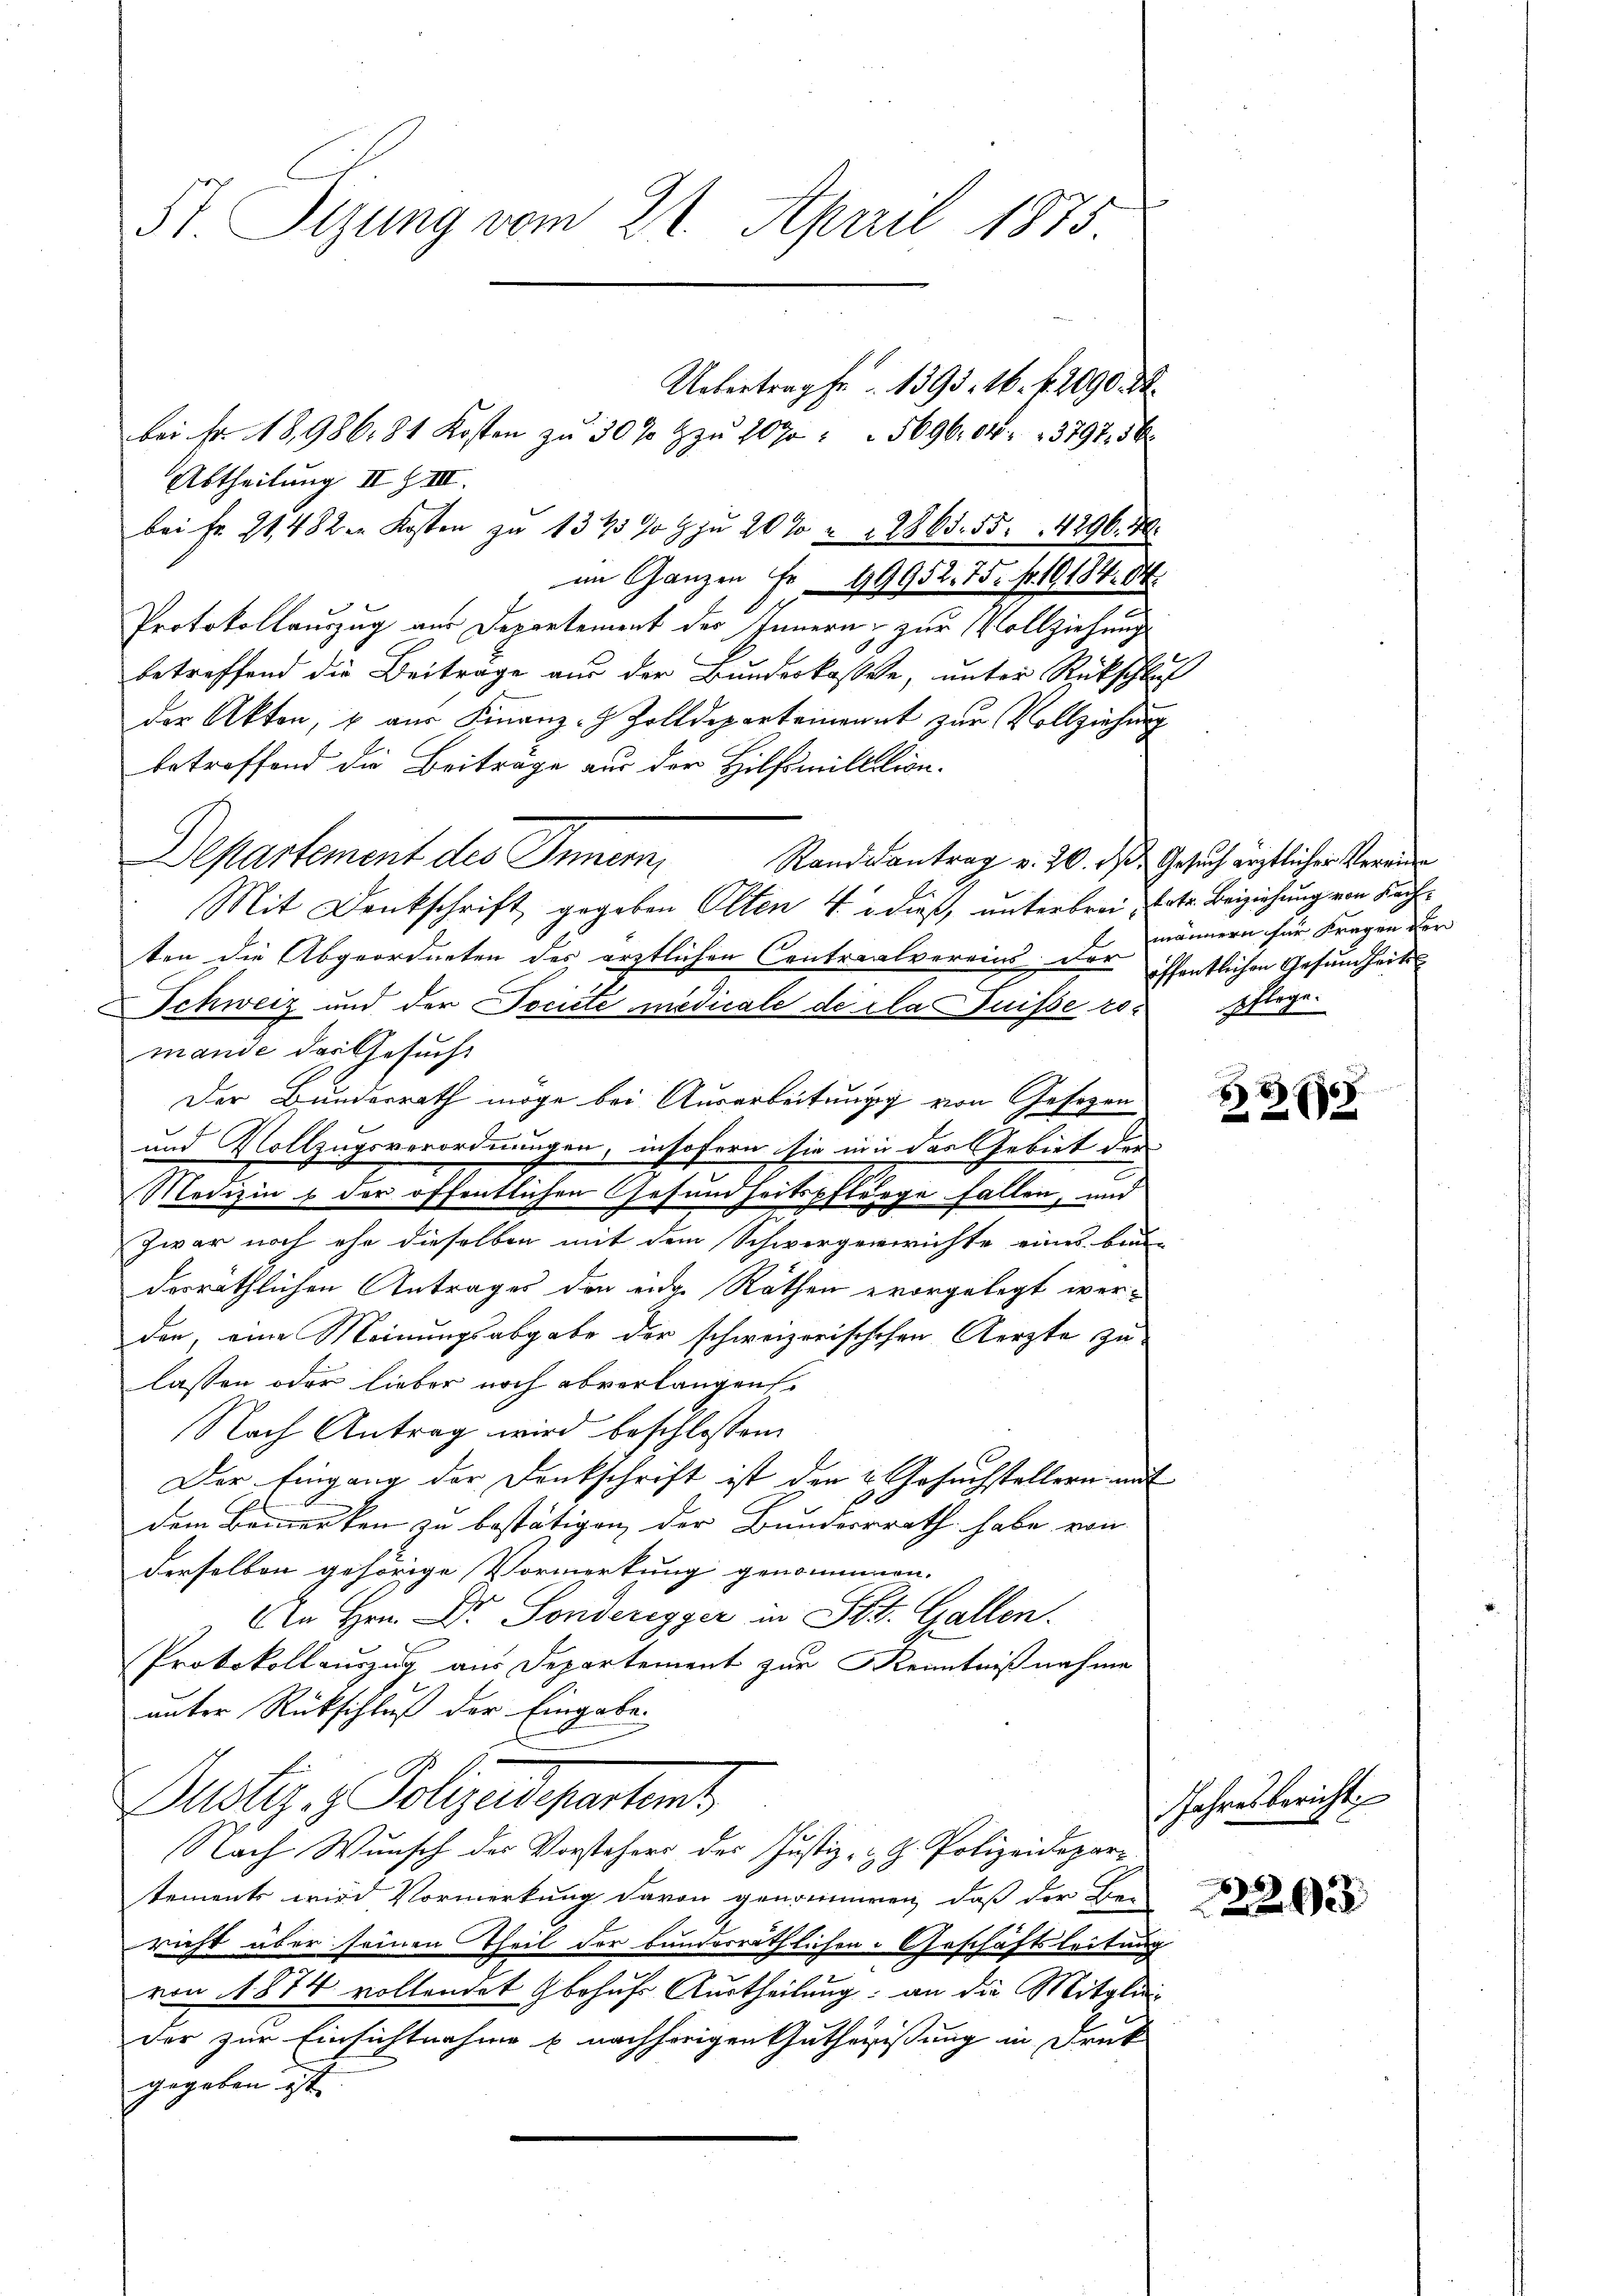
St. Sitzung vom 21. April 1875.

bei Fr. 118,986. 81 Kosten zu 30% zu 1090 " " 5696. 64. 13797. 56
Abtheilung III Z III.
bei Fr. 21,482 in Kosten zu 1345 % g zu 20 % " 12865. 55. 4296. 40.
im Ganzen Fr. 99952. 75. fr. 19184. 84.
Protokollauszug aus Departement des Innern & zur Vollziehung
betreffend die Beiträge aus der Bundeskassele, unter Rückschluß
der Akten, & aus Finanz-J Zolldepartemonat zur Vollziehung
betreffend die Beitrage aus der Hilfsmillation¬
Departement des Innern, Standsantrag v. 20. ds Gesuch erstlicher Strauen
E.
Mit Denkschrift gegeben Olten 4. dieß, unterbrei, betr. Beiziehung von Sach
ten die Abgeordneten des ärztlichen Centrealvereins der öffentlichen Gesundheits
Schweiz und der Societe medicale de la Puisse ro-Pflege.
mande das Gesucht
Der Bundesrath möge bei Ausarbeitung von Gesetzen
und Vollzugsverordnungen, insofern sie mir das Gebiet der
Medizin s der öffentlichen Gesundheitspflänge fallen, und
Zwar noch ehe dieselben mit dem Schwergerichte eines bau-
dorräthlichen Antrages den eidge Räthen evorgelegt werden, eine Meinungsabgabe der schweizerischehen Aerzte zu
lassen oder lieber noch abverlangen.
Nach Antrag wird beschlossen:
Der Eingang der Denkschrift ist den 2. Gesuchstellern mit
dem Bemerken zu bestätigen der Bunderrrath habe von
Ferselben gehörige Vormerkung genommen.
An Hrn. Dr. Sonderegger in St. Gallen.
Protokollauszug aus Departement zur Kenntnißnahme
unter Rückschluß der Eingabe.
Justiz- & Polizeidepartamt
Nach Wunsch des Vorstehers des Justiz- & G. Polizeidepartements wird Vormerkung davon genommen, daß der Be-
richt über seinen Theil der bundesräthlichen Geschäftsleitung
von 1874 vollendet behufs Austheilung; an die Mitglieder zur Einsichtnahme u. nachhörigen Gutheristung in Druck
gegeben ist.

Uebertrag fr. 1395. 16. f. 2090. M.

männern für Fragen der

8
282

Jahresbericht

22035